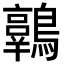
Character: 𪆾